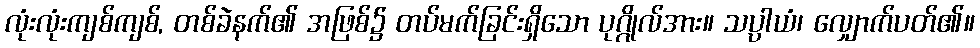
လုံးလုံးကျစ်ကျစ်, တစ်ခဲနက်၏ အဖြစ်၌ တပ်မက်ခြင်းရှိသော ပုဂ္ဂိုလ်အား။ သပ္ပာယံ၊ လျှောက်ပတ်၏။